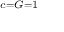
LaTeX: \scriptstyle c = G = 1